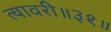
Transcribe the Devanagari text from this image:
त्यावरी॥३१॥